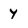
Character: y